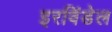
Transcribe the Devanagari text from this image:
इरविंडेल